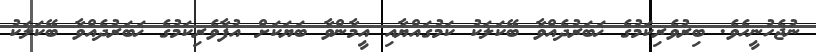
ނުޖެހުނީހެވެ. ބިރުވެރިކަމުގެ ޚަބަރުދެއްވާ ބޭކަލަކު ކަމުގައްޔާއި އީމާންވާ ބަޔަކަށް އުފާވެރިކަމުގެ ޚަބަރުދެއްވާ ބޭކަލަކު